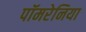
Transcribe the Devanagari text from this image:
पॉमरेनिया